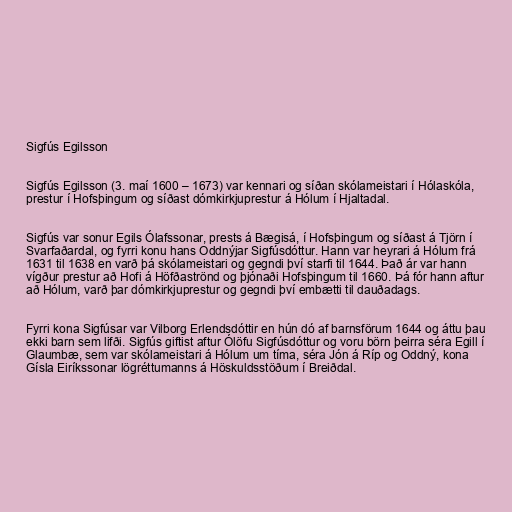
Sigfús Egilsson

Sigfús Egilsson (3. maí 1600 – 1673) var kennari og síðan skólameistari í Hólaskóla,
prestur í Hofsþingum og síðast dómkirkjuprestur á Hólum í Hjaltadal.

Sigfús var sonur Egils Ólafssonar, prests á Bægisá, í Hofsþingum og síðast á Tjörn í
Svarfaðardal, og fyrri konu hans Oddnýjar Sigfúsdóttur. Hann var heyrari á Hólum frá
1631 til 1638 en varð þá skólameistari og gegndi því starfi til 1644. Það ár var hann
vígður prestur að Hofi á Höfðaströnd og þjónaði Hofsþingum til 1660. Þá fór hann aftur
að Hólum, varð þar dómkirkjuprestur og gegndi því embætti til dauðadags.

Fyrri kona Sigfúsar var Vilborg Erlendsdóttir en hún dó af barnsförum 1644 og áttu þau
ekki barn sem lifði. Sigfús giftist aftur Ólöfu Sigfúsdóttur og voru börn þeirra séra Egill í
Glaumbæ, sem var skólameistari á Hólum um tíma, séra Jón á Ríp og Oddný, kona
Gísla Eiríkssonar lögréttumanns á Höskuldsstöðum í Breiðdal.